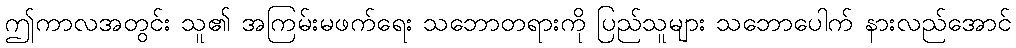
ဤကာလအတွင်း သူ၏ အကြမ်းမဖက်ရေး သဘောတရားကို ပြည်သူများ သဘောပေါက် နားလည်အောင်